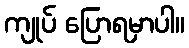
ကျုပ် ပြောရမှာပါ။